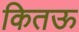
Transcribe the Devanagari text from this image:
कितऊ